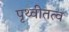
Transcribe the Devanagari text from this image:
पृथ्वीतत्व